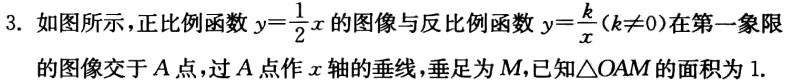
3. 如图所示，正比例函数\(y = \frac{1}{2}x\)的图像与反比例函数\(y=\frac{k}{x}(k\neq0)\)在第一象限
的图像交于\(A\)点，过\(A\)点作\(x\)轴的垂线，垂足为\(M\)，已知\(\triangle OAM\)的面积为\(1\)。